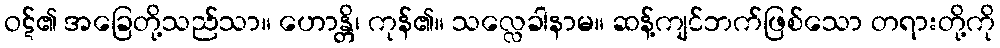
ဝဋ်၏ အခြေတို့သည်သာ။ ဟောန္တိ၊ ကုန်၏။ သလ္လေခါနာမ။ ဆန့်ကျင်ဘက်ဖြစ်သော တရားတို့ကို